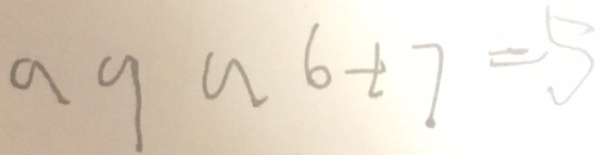
a 9 a 6 + 7 = 5